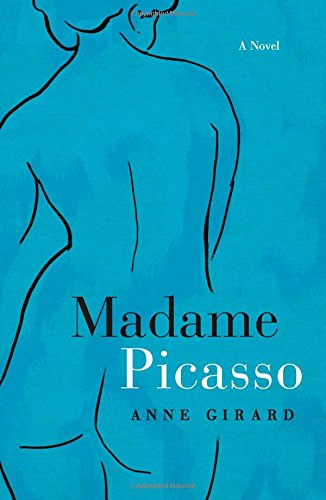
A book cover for Madame Picasso; Anne Girard; Romance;